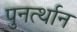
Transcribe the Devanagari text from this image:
पुनर्त्थान